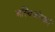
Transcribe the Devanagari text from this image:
अस्थिकोरकों